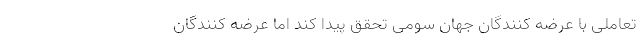
تعاملی با عرضه­ کنندگان جهان سومی تحقق پیدا کند اما عرضه­ کنندگان